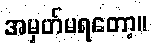
အမှတ်မရတော့။